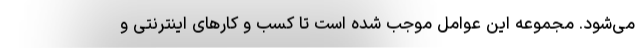
می­شود. مجموعه این عوامل موجب شده است تا کسب­ و کارهای اینترنتی و